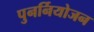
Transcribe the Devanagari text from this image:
पुनर्नियोजन